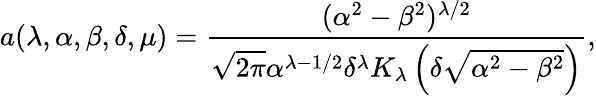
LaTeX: a(\lambda,\alpha,\beta,\delta,\mu)=\frac{(\alpha^{2}-\beta^{2})^{\lambda/2}}{\sqrt{2\pi}\alpha^{\lambda-1/2}\delta^{\lambda}K_{\lambda}\left(\delta\sqrt{\alpha^{2}-\beta^{2}}\right)},